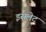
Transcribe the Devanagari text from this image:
इसलेट